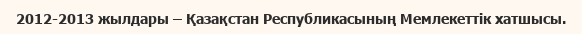
2012-2013 жылдары – Қазақстан Республикасының Мемлекеттік хатшысы.